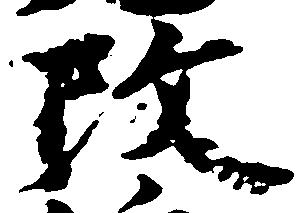
改